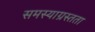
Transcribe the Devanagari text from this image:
समस्याग्रस्तता